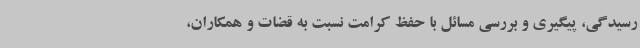
رسیدگی، پیگیری و بررسی مسائل با حفظ کرامت نسبت به قضات و همکاران،